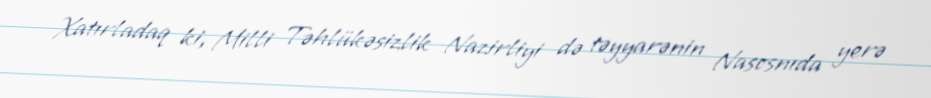
Xatırladaq ki, Milli Təhlükəsizlik Nazirliyi də təyyarənin Nasosnıda yerə